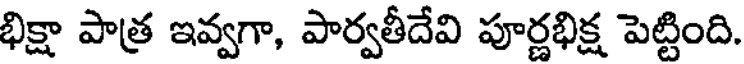
భిక్షా పాత్ర ఇవ్వగా, పార్వతీదేవి పూర్ణభిక్ష పెట్టింది.